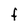
Character: F